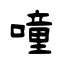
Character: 噇